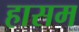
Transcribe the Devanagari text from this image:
हासम